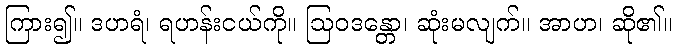
ကြား၍။ ဒဟရံ၊ ရဟန်းငယ်ကို။ ဩဝဒန္တော၊ ဆုံးမလျက်။ အာဟ၊ ဆို၏။